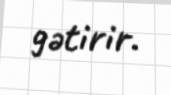
gətirir.